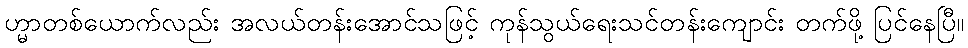
ဟ္မာတစ်ယောက်လည်း အလယ်တန်းအောင်သဖြင့် ကုန်သွယ်ရေးသင်တန်းကျောင်း တက်ဖို့ ပြင်နေပြီ။